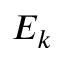
E _ { k }